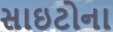
સાઇટોના